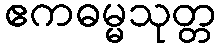
ဧကဓမ္မသုတ္တ